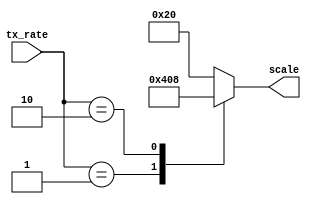
module RX_TX_Scale (
    input wire   [1:0] tx_rate,
    output reg   [5:0] scale
);

always @(*) begin
    case (tx_rate)
        2'b00: scale = 6'd32;
        2'b01: scale = 6'd16;
        2'b10: scale = 6'd8;
        default: scale = 6'd32;
    endcase   
end
    
endmodule